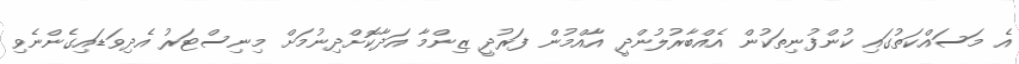
އެ މަސައްކަތުގައި ކުންފުނިތަކުން އެއްބާރުލުންދީ އާއްމުން ފަރުދީ ޒިންމާ އަދާކޮށްދިނުމަށް މިނިސްޓަރު އެދިވަޑައިގެންނެވި